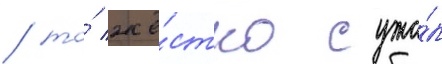
/ то́ жё́стко сужа́л